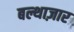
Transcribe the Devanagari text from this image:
बल्थाज़ार